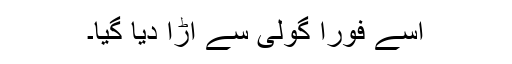
اسے فوراً گولی سے اُڑا دیا گیا۔